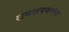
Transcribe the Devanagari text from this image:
रामरूपवर्णन